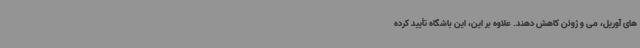
های آوریل، می و ژوئن کاهش دهند. علاوه بر این، این باشگاه تأیید کرده